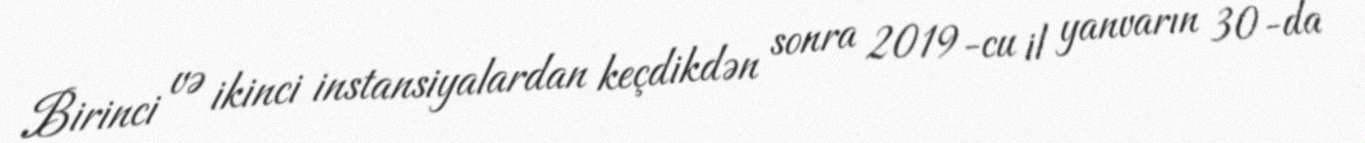
Birinci və ikinci instansiyalardan keçdikdən sonra 2019-cu il yanvarın 30-da